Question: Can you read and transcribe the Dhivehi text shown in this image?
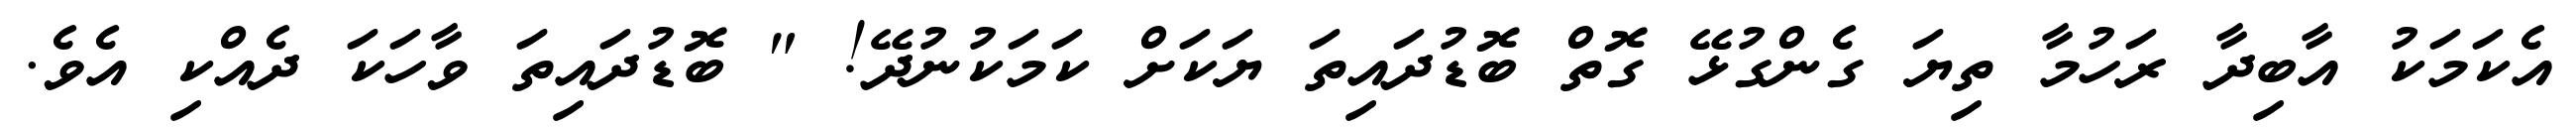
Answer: އެކަމަކު އާބިދާ ރަހުމާ ތިޔަ ގެންގުޅޭ ގޮތް ބޮޑުދައިތަ ޔަކަށް ކަމަކުނުދޭ! " ބޮޑުދައިތަ ވާހަކަ ދެއްކި އެވެ.